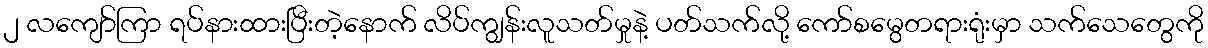
၂ လကျော်ကြာ ရပ်နားထားပြီးတဲ့နောက် လိပ်ကျွန်းလူသတ်မှုနဲ့ ပတ်သက်လို့ ကော်စမွေတရားရုံးမှာ သက်သေတွေကို